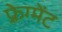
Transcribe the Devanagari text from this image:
फ़्रेग्मेंट